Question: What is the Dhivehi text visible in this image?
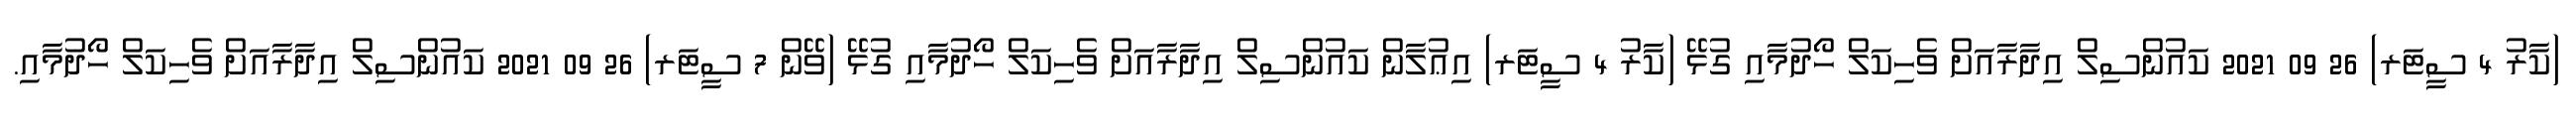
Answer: (ކާރު 4 ސީޓަރ) 26 09 2021 ކައުންސިލް އިދާރާއަށް ވެހިކަލް ހޯދުމާއި ގުޅޭ (ކާރު 4 ސީޓަރ) އިޢުލާން ކައުންސިލް އިދާރާއަށް ވެހިކަލް ހޯދުމާއި ގުޅޭ (ވޭން 7 ސީޓަރ) 26 09 2021 ކައުންސިލް އިދާރާއަށް ވެހިކަލް ހޯދުމާއި.